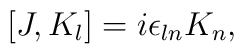
[J,K_l] = i\epsilon_{ln}K_n,